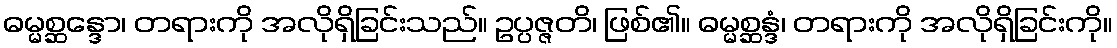
ဓမ္မစ္ဆန္ဒော၊ တရားကို အလိုရှိခြင်းသည်။ ဥပ္ပဇ္ဇတိ၊ ဖြစ်၏။ ဓမ္မစ္ဆန္ဒံ၊ တရားကို အလိုရှိခြင်းကို။